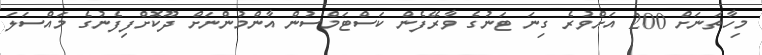
މިހާތަނަށް 200 އަށްވުރެ ގިނަ ޓަނުގެ ވާރޭފެން ކަސްޓަމްސުން އާންމުންނަށް ދޫކޮށްފިފެނުގެ މައްސަލަ